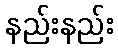
နည်းနည်း